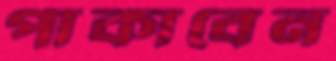
পাকাবেন